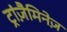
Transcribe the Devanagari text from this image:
ट्रांज़ैमिनेज़